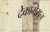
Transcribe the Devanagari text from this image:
देकामेरान्